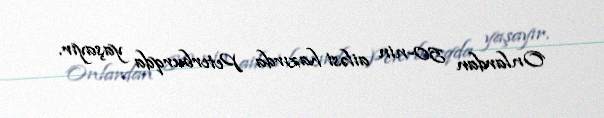
Onlardan 50-nin ailəsi hazırda Peterburqda yaşayır.